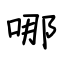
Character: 哪